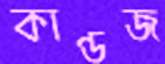
কাণ্ডজ